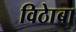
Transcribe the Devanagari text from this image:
विठाेबा